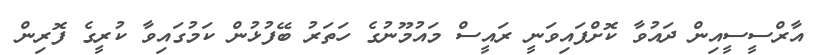
އާރްސީސީއިން ދައުވާ ކޮށްފައިވަނީ ރައީސް މައުމޫނުގެ ހަތަރު ބޭފުޅުން ކަމުގައިވާ ކުރީގެ ފޮރިން